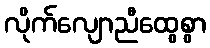
လိုက်လျောညီထွေစွာ